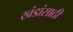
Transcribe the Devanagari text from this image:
खंडांसाठी